Report of the Indian Hemp Drugs Commission, 1894-1895 - Volume VI
Year: 1894
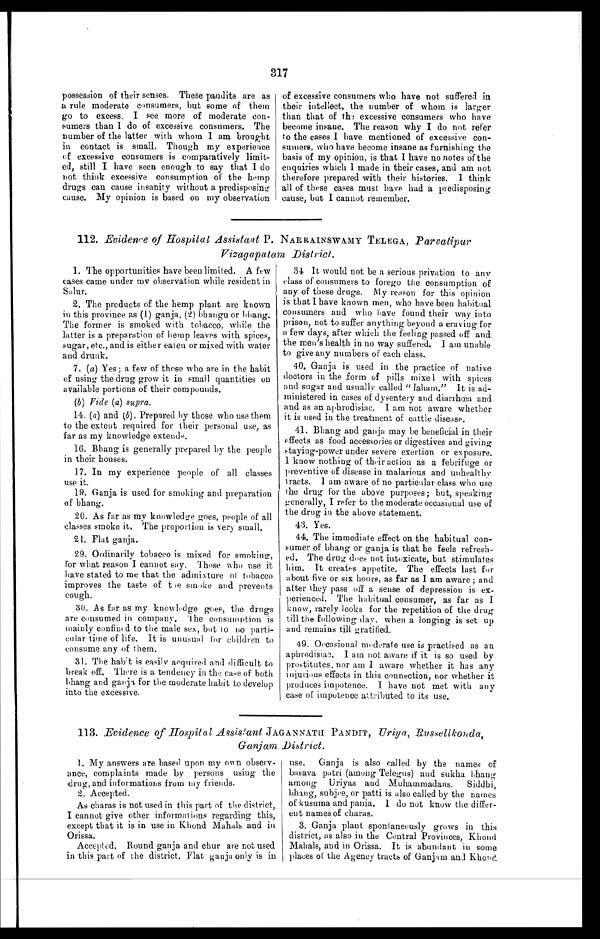
317
possession of their senses. These pandits are as
a rule moderate consumers, but some of them
go to excess. I see more of moderate con--
sumers than I do of excessive con-sumers. The
number of the latter with whom I am brought
in contact is small. Though my experience
of excessive consumers is comparatively limit
- e d , s t i l l I h a v e s e e n e n o u g h t o s a y t h a t I d o
not think excessive consumption of the hemp
drugs can cause insanity without a predisposing
cause. My opinion is based on my observation
of excessive consumers who have not suffered in
their intellect, the number of whom is larger
than that of the excessive consumers who have
become insane. The reason why I do not refer
to the cases I have mentioned of excessive co
n-sumers, who have become insane as furnishing the
basis of my opinion, is that I have no notes of the
enquiries which I made in their cases, and am not
therefore prepared with their histories. I think
all of these cases must have had a predisposing
cause, but I cannot remember.
112. Evidence of Hospital Assistant P. NARRAINSWAMY TELEGA, Parvatipur
Vizagapatam District.
1. The opportunities have been limited. A few
cases came under my observation while resident in
Salur.
2. The products of the hemp plant are known
in this province as (1) ganja, (2) bhangu or bhang.
The former is smoked with tobacco, while the
latter is a preparation of hemp leaves with spices,
sugar, etc., and is either eaten or mixed with water
and drunk.
7. ( a) Yes; a few of those who are in the habit
of using the drug grow it in small quantities on
available portions of their compounds.
( b ) Vide ( a) supra.
14. ( a ) and (b) . Prepared by those who use them
to the extent required for their personal use, as
far as my knowledge extends.
16. Bhang is generally prepared by the people
in their houses.
17. In my experience people of all classes
use it.
19. Ganja is used for smoking and preparation
of bhang.
20. As far as my knowledge goes, people of all
classes smoke it, The proportion is very small.
21. Flat ganja.
29. Ordinarily tobacco is mixed for smoking,
for what reason I cannot say. Those who use it
have stated to me that the admixture at tobacco
improves the taste of the smoke and prevents
cough.
30. As far as my knowledge goes, the drugs
are consumed in company. T he consumption is
mainly confined to the male sex, but to no parti
- c u l a r t i m e o f l i f e . I t i s u n u s u a l f o r c h i l d r e n t o
consume any of them.
31. The habit is easily acquired and difficult to
break off. There is a tendency in the case of both
bhang and ganja for the moderate habit to develop
into the excessive.
34.I t w o u l d n o t b e a s e r i o u s p r i v a t i o n t o a n y
class of consumers to forego the consumption of
any of these drugs. My reason for this opinion
is that I have known men, who have been habitual
consumers and who have found their way into
prison, not to suffer anything beyond a craving for
a few days, after which the feeling passed off and
the men's health in no way suffered. I am unable
to give any numbers of each class.
40. Ganja is used in the practice of native
doctors in the form of pills mixel with spices
and sugar and usually called "laham." It is ad
- m i n i s t e r e d i n c a s e s o f d y s e n t e r y a n d d i a r r h œ a a n d
and as an aphrodisiac. I am not aware whether
it is used in the treatment of cattle disease.
41. Bhang and ganja may be beneficial in their
effects as food accessories or digestives and giving
staying-power under severe exertion or exposure.
I know nothing of their action as a febrifuge or
preventive of disease in malarious and unhealthy
tracts. I am aware of no particular class who use
the drug for the above purposes; but, speaking
generally, I refer to the moderate occasional use of
the drug in the above statement.
43. Yes.
44. The immediate effect on the habitual co
n-sumer of bhang or ganja is that he feels refresh
- e d . T h e d r u g d o e s n o t i n t o x i c a t e , b u t s t i m u l a t e s
him. It creates appetite. The effects last for
about five or six hours, as far as I am aware ; and
after they pass off a sense of depression is e
x - p e r i e n c e d . T h e h a b i t u a l c o n s u m e r , a s f a r a s I
know, rarely looks for the repetition of the drug
till the following day, when a longing is set up
and remains till gratified.
49. Occasional moderate use is practised as an
aphrodisiac. I am not aware if it is so used by
prostitutes, nor am I aware whether it has any
injurious effects in this connection, nor whether it
produces impotence. I have not met with any
case of impotence attributed to its use.
113. Evidence of Hospital Assistant JAGANNATII PANDIT, Uriya, Russellkonda,
Ganjam District.
1. My answers are based upon my own observ-
ance, complaints made by persons using the
drug, and informations from my friends.
2. Accepted.
As charas is not used in this part of the district,
I cannot give other informations regarding this,
except that it is in use in Khond Mahals and in
Orissa.
Accepted. Round ganja and chur are not used
in this part of the district. Flat ganja only is in
use. Ganja is also called by the names of
basava patri (among Telegus) and sukha bhang
among Uriyas and Muhammadans. Siddhi,
bhang, subjee, or patti is also called by the names
of kusuma and pania. 1 do not know the differ--
ent names of charas.
3. Ganja plant spontaneously grows in this
district, as also in the Central Provinces, Khond
Mahals, and in Orissa. It is abundant in some
places of the Agency tracts of Ganjam and Khond.